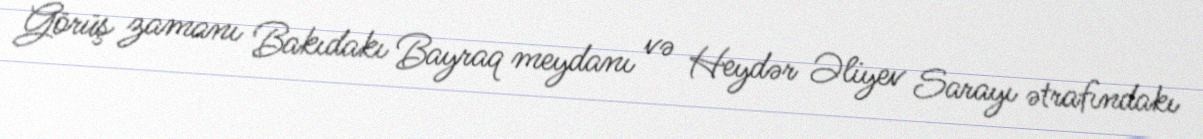
Görüş zamanı Bakıdakı Bayraq meydanı və Heydər Əliyev Sarayı ətrafındakı